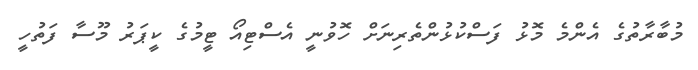
މުބާރާތުގެ އެންމެ މޮޅު ފަސްކުޅުންތެރިނަށް ހޮވުނީ އެސްޓިއޯ ޓީމުގެ ކީޕަރު މޫސާ ފަތުހީ